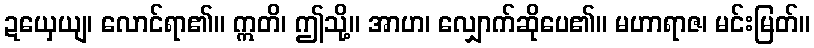
ဍယှေယျ၊ လောင်ရာ၏။ ဣတိ၊ ဤသို့။ အာဟ၊ လျှောက်ဆိုပေ၏။ မဟာရာဇ၊ မင်းမြတ်။